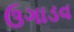
ઉગાડવ